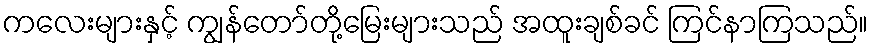
ကလေးများနှင့် ကျွန်တော်တို့မြေးများသည် အထူးချစ်ခင် ကြင်နာကြသည်။